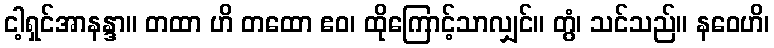
ငါ့ရှင်အာနန္ဒာ။ တထာ ဟိ တထော ဧဝ၊ ထိုကြောင့်သာလျှင်။ တွံ၊ သင်သည်။ နဝေဟိ၊